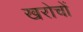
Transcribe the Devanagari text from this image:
खरोचों